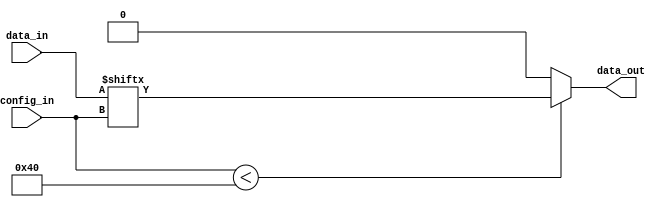
module MultiplexerLUT(
    input [63:0] data_in,
    output data_out,
    input [5:0] config_in
);
    // Dispatch the config 
    wire [5:0] c_selector = config_in[5:0];

    // Synthesizer is probably better than me to infer the best mux
    assign data_out = config_in < 64 ? data_in[c_selector] : 0;
endmodule